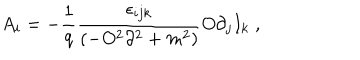
LaTeX: A _ { i } = - \frac { 1 } { q } \frac { \epsilon _ { i j k } } { \left( - O ^ { 2 } \partial ^ { 2 } + m ^ { 2 } \right) } O \partial _ { j } I _ { k } \; ,